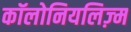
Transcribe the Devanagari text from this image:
कॉलोनियलिज़्म